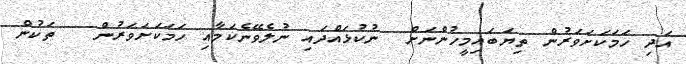
އަދި ހަމަކަށަވަރުން ތިޔަބައިމީހުންނަށް  ނުކުޅައްދައި ނުލެވޭނެކަމާއި ހަމަކަށަވަރުން   ތަކުން